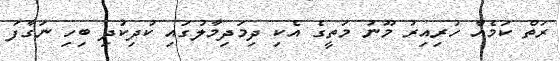
ރަތް ކަމެއް ހުރިއިރު މޫނު މަތީގެ އެކި ދިމަދިމާލުގައި ކުދިކުދި ބިހި ނަގާފަ